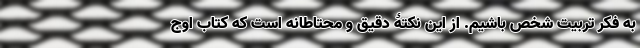
به فکر تربیت شخص باشیم. از این نکتۀ دقیق و محتاطانه است که کتاب اوج